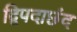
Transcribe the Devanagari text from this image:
द्विपदाछंद